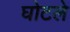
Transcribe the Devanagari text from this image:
घोटले